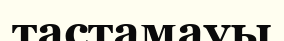
тастамауы